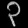
Digit: ၃